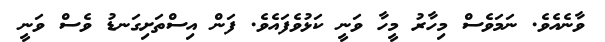
ވާނެއެވެ. ނަމަވެސް މިހާރު މީހާ ވަނީ ކަޅުވެފައެވެ. ފަން އިސްތަށިގަނޑު ވެސް ވަނީ